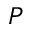
\boldsymbol { P }